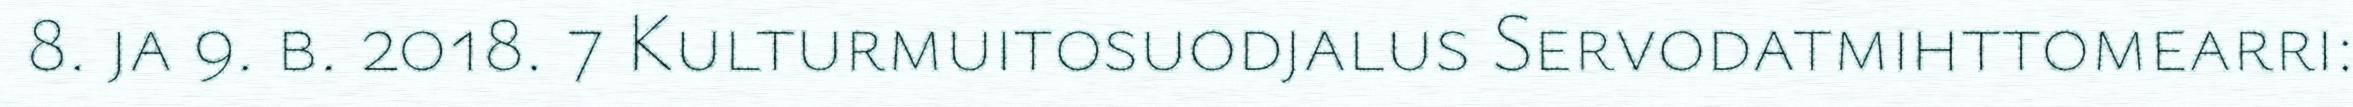
8. ja 9. b. 2018. 7 Kulturmuitosuodjalus Servodatmihttomearri: